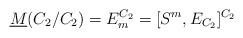
LaTeX: \begin{align*}\underline{M}(C_2/C_2) = E^{C_2}_m = [ S^{m} , E_{C_2}]^{C_2}\end{align*}